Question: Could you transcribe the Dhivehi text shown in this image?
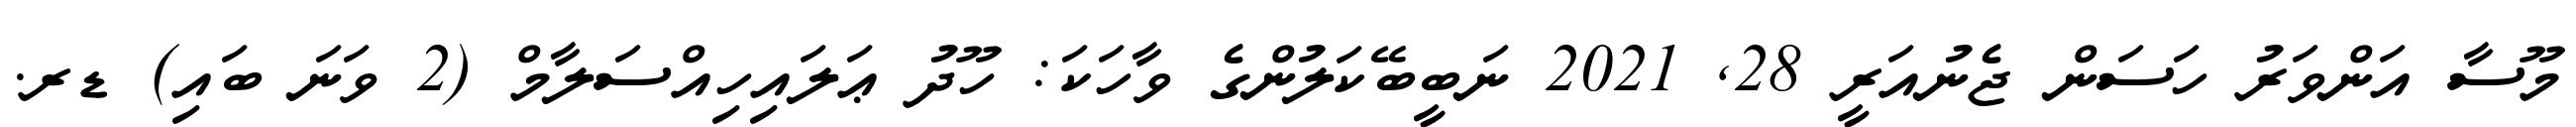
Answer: މޫސާ އަންވަރު ހަސަން ޖެނުއަރީ 28, 2021 ނަބީބޭކަލުންގެ ވާހަކަ: ހޫދު ޢަލައިހިއްސަލާމް (2 ވަނަ ބައި) ޑރ.